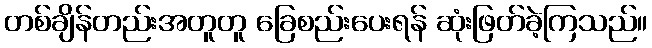
တစ်ချိန်တည်းအတူတူ ခြေစည်းပေးရန် ဆုံးဖြတ်ခဲ့ကြသည်။